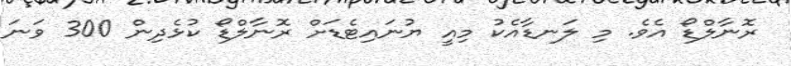
ރޮނާލްޑޯ އެވެ. މި ލަނޑާއެކު މިއީ ޔުނައިޓެޑަށް ރޮނާލްޑޯ ކުޅެދިން 300 ވަނަ